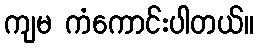
ကျမ ကံကောင်းပါတယ်။